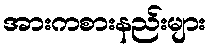
အားကစားနည်းများ